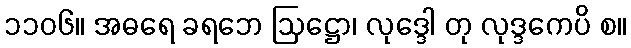
၁၁၀၆။ အဓရေ ခရဘေ ဩဋ္ဌော၊ လုဒ္ဒေါ တု လုဒ္ဒကေပိ စ။